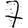
Digit: 7